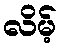
လိမ့်